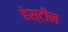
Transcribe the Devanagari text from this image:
हेस्टींन